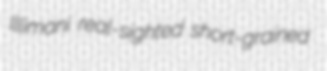
Illimani real-sighted short-grained